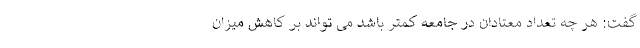
گفت: هر چه تعداد معتادان در جامعه کمتر باشد می تواند بر کاهش میزان